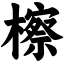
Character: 檫